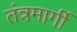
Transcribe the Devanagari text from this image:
तंत्रमार्गी